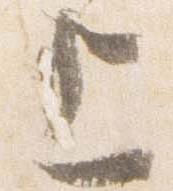
上